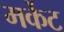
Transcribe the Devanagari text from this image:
मर्केट